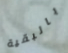
بالبقية